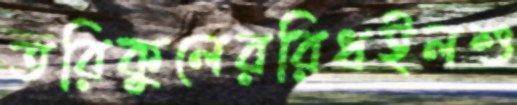
তরিকুলেররিধইলশু